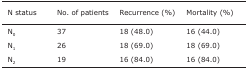
<table><thead><tr><td><b>N status</b></td><td><b>No. of patients</b></td><td><b>Recurrence (%)</b></td><td><b>Mortality (%)</b></td></tr></thead><tbody><tr><td>N<sub>0</sub></td><td>37</td><td>18 (48.0)</td><td>16 (44.0)</td></tr><tr><td>N<sub>1</sub></td><td>26</td><td>18 (69.0)</td><td>18 (69.0)</td></tr><tr><td>N<sub>2</sub></td><td>19</td><td>16 (84.0)</td><td>16 (84.0)</td></tr></tbody></table>